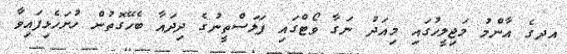
އދގެ އާންމު މަޖިލީހުގައި މިއަދު ނަގާ ވޯޓްގައި ފަލަސްތީނުގެ ދިދައާ ބެހޭގޮތުން ހުށަހެޅިފައިވާ